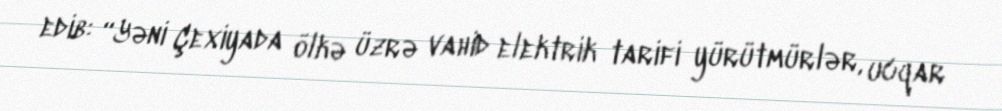
edib: “Yəni Çexiyada ölkə üzrə vahid elektrik tarifi yürütmürlər, ucqar